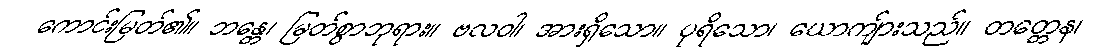
ကောင်းမြတ်၏။ ဘန္တေ၊ မြတ်စွာဘုရား။ ဗလဝါ၊ အားရှိသော။ ပုရိသော၊ ယောကျ်ားသည်။ တတ္တေန၊